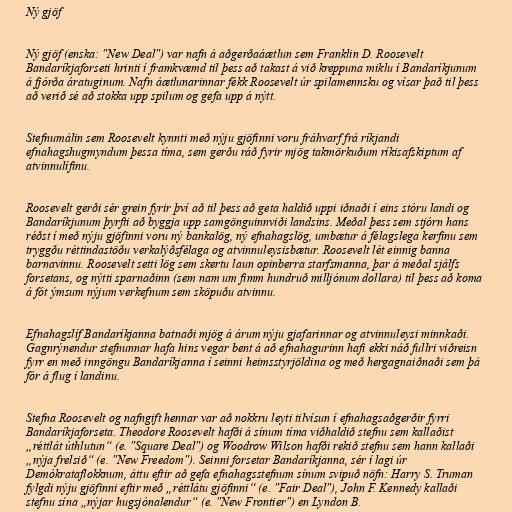
Ný gjöf

Ný gjöf (enska: "New Deal") var nafn á aðgerðaáætlun sem Franklin D. Roosevelt
Bandaríkjaforseti hrinti í framkvæmd til þess að takast á við kreppuna miklu í Bandaríkjunum
á fjórða áratuginum. Nafn áætlunarinnar fékk Roosevelt úr spilamennsku og vísar það til þess
að verið sé að stokka upp spilum og gefa upp á nýtt.

Stefnumálin sem Roosevelt kynnti með nýju gjöfinni voru fráhvarf frá ríkjandi
efnahagshugmyndum þessa tíma, sem gerðu ráð fyrir mjög takmörkuðum ríkisafskiptum af
atvinnulífinu.

Roosevelt gerði sér grein fyrir því að til þess að geta haldið uppi iðnaði í eins stóru landi og
Bandaríkjunum þyrfti að byggja upp samgönguinnviði landsins. Meðal þess sem stjórn hans
réðst í með nýju gjöfinni voru ný bankalög, ný efnahagslög, umbætur á félagslega kerfinu sem
tryggðu réttindastöðu verkalýðsfélaga og atvinnuleysisbætur. Roosevelt lét einnig banna
barnavinnu. Roosevelt setti lög sem skertu laun opinberra starfsmanna, þar á meðal sjálfs
forsetans, og nýtti sparnaðinn (sem nam um fimm hundruð milljónum dollara) til þess að koma
á fót ýmsum nýjum verkefnum sem sköpuðu atvinnu.

Efnahagslíf Bandaríkjanna batnaði mjög á árum nýju gjafarinnar og atvinnuleysi minnkaði.
Gagnrýnendur stefnunnar hafa hins vegar bent á að efnahagurinn hafi ekki náð fullri viðreisn
fyrr en með inngöngu Bandaríkjanna í seinni heimsstyrjöldina og með hergagnaiðnaði sem þá
fór á flug í landinu.

Stefna Roosevelt og nafngift hennar var að nokkru leyti tilvísun í efnahagsaðgerðir fyrri
Bandaríkjaforseta. Theodore Roosevelt hafði á sínum tíma viðhaldið stefnu sem kallaðist
„réttlát úthlutun“ (e. "Square Deal") og Woodrow Wilson hafði rekið stefnu sem hann kallaði
„nýja frelsið“ (e. "New Freedom"). Seinni forsetar Bandaríkjanna, sér í lagi úr
Demókrataflokknum, áttu eftir að gefa efnahagsstefnum sínum svipuð nöfn: Harry S. Truman
fylgdi nýju gjöfinni eftir með „réttlátu gjöfinni“ (e. "Fair Deal"), John F. Kennedy kallaði
stefnu sína „nýjar hugsjónalendur“ (e. "New Frontier") en Lyndon B.